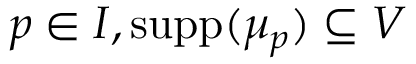
p \in I , \operatorname { s u p p } ( \mu _ { p } ) \subseteq V